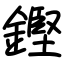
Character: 鏗